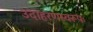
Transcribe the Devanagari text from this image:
उदाहरणस्वरूपः